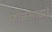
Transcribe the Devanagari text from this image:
म्हाळसाबाई